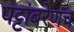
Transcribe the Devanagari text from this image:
पट्टांबरेणच